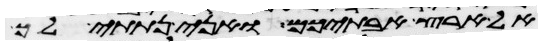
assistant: אל ארץ אבתיכם ואני נתתי לך